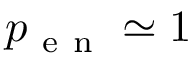
p _ { \mathrm { ~ e ~ n ~ } } \simeq 1